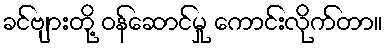
ခင်ဗျားတို့ ဝန်ဆောင်မှု ကောင်းလိုက်တာ။